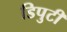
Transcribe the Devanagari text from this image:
डिपुटी